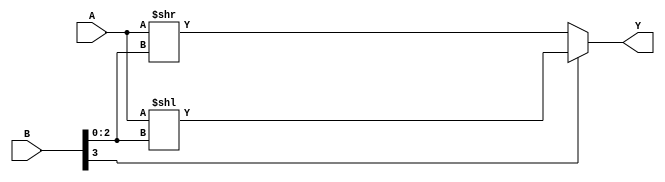
`timescale 1ns / 1ps

/*
    Logical shift module.
    if B[MSB] == 1 then left shift by B[MSB - 1 : 0]
    else right shift. 
*/
module logic_shift
    #(parameter BUS_WIDTH = 8, 
      parameter BUS_WIDTH_BITS = 3)(
        input [BUS_WIDTH - 1 : 0] A, 
        input [BUS_WIDTH_BITS : 0] B, 
        output [BUS_WIDTH - 1 : 0] Y  
    );
    
    localparam MSB = BUS_WIDTH_BITS;
    
    assign Y = (B[MSB]) ? A << B[BUS_WIDTH_BITS - 1 : 0] : A >> B[BUS_WIDTH_BITS - 1 : 0];
    
endmodule